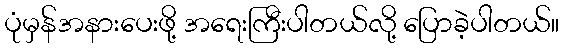
ပုံမှန်အနားပေးဖို့ အရေးကြီးပါတယ်လို့ ပြောခဲ့ပါတယ်။